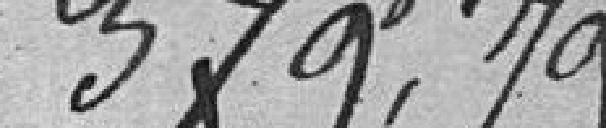
379f,79c